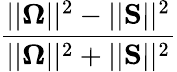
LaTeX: \frac{||\boldsymbol{\Omega}||^{2}-||\mathbf{S}||^{2}}{||\boldsymbol{\Omega}||^{2}+||\mathbf{S}||^{2}}